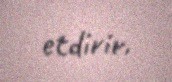
etdirir.